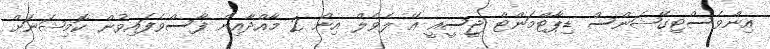
އިންވެސްޓިގޭޝަންސް ޑިޕާޓްމަންޓް ޖީސީއީ އޭ ލެވެލް އިން 2 މާއްދާއިން ފާސްވެފައިވުން ކޮމިޝަނަށް